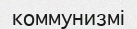
коммунизмі